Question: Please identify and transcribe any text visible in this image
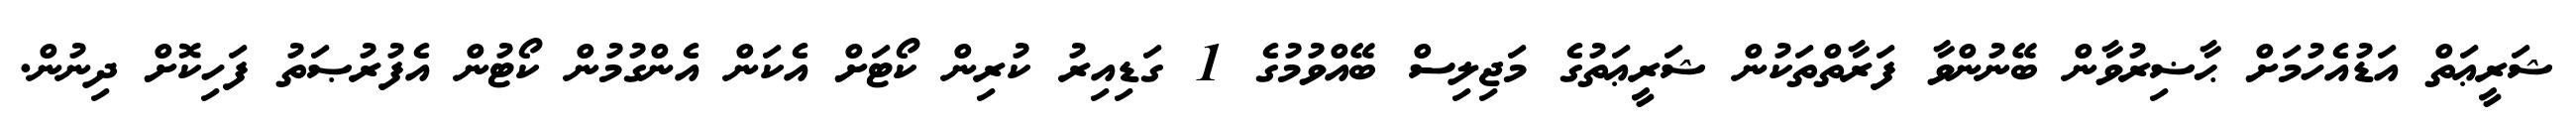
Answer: ޝަރީޢަތް އަޑުއެހުމަށް ޙާޟިރުވާން ބޭނުންވާ ފަރާތްތަކުން ޝަރީޢަތުގެ މަޖިލިސް ބޭއްވުމުގެ 1 ގަޑިއިރު ކުރިން ކޯޓަށް އެކަން އެންގުމުން ކޯޓުން އެފުރުޞަތު ފަހިކޮށް ދިނުން.